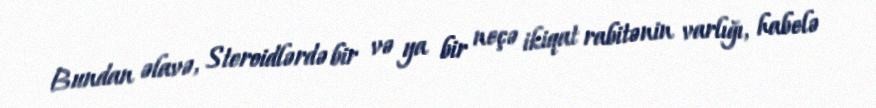
Bundan əlavə, Steroidlərdə bir və ya bir neçə ikiqat rabitənin varlığı, habelə